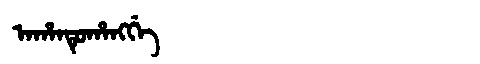
Manchu: ᠠᡥᠠᠨᡨᡠᡥᠠᠩᡤᡝ
Romanization: AHANTUHANGGE